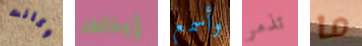
وكانت إيذاءك وأسمع تذمر ما